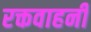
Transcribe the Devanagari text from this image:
रक्तवाहनी